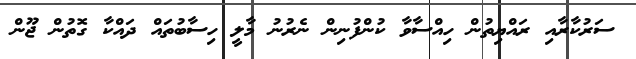
ސަރުކާރާއި ރައްޔިތުން ހިއްސާވާ ކުންފުނިން ނެރުނު މާލީ ހިސާބުތައް ދައްކާ ގޮތުން ޖޫން